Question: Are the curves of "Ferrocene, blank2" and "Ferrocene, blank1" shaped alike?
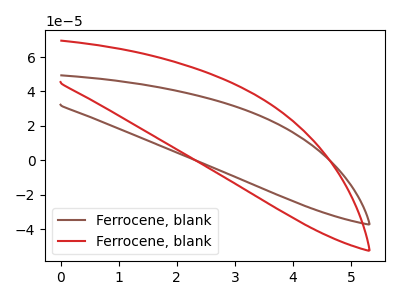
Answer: <think>The brown curve "Ferrocene, blank1" has no peaks. The red curve "Ferrocene, blank2" has no peaks.
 Neither "Ferrocene, blank2" or "Ferrocene, blank1" have any peaks.</think>
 <answer>"Ferrocene, blank2" and "Ferrocene, blank1" are similar in shape.</answer>
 <eval>same_shape</eval>